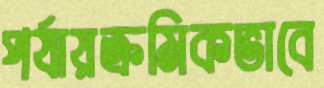
পর্যায়ক্রমিকভাবে